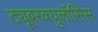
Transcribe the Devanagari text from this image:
ट्यूबरक्युलॉसिस